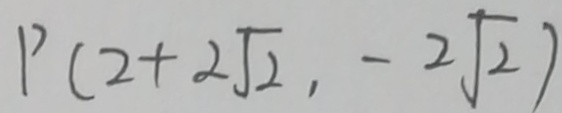
P ( 2 + 2 \sqrt { 2 } , - 2 \sqrt { 2 } )